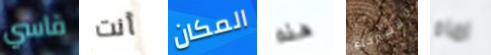
قاسي أنت المكان هذه للإسترخاء اماه